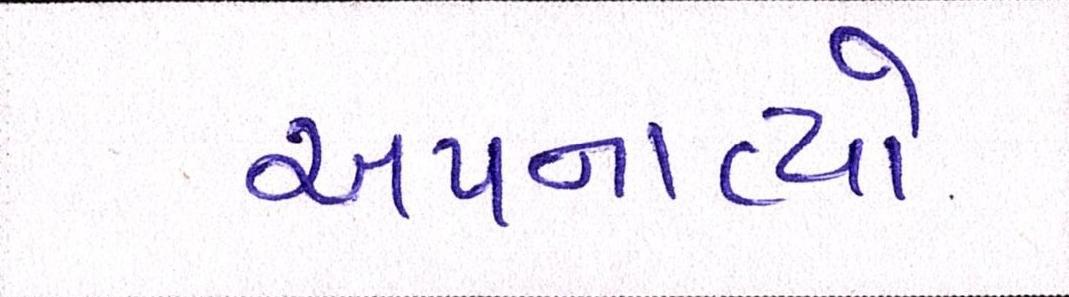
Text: અપનાવ્યો